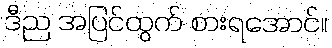
ဒီည အပြင်ထွက် စားရအောင်။